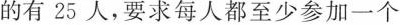
的有25人，要求每人都至少参加一个